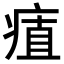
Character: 𭼔